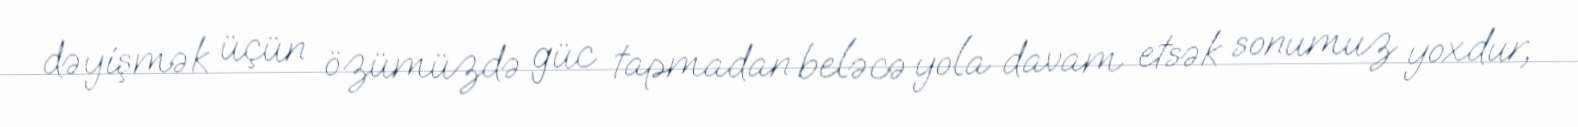
dəyişmək üçün özümüzdə güc tapmadan beləcə yola davam etsək sonumuz yoxdur,